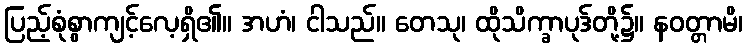
ပြည့်စုံစွာကျင့်လေ့ရှိ၏။ အဟံ၊ ငါသည်။ တေသု၊ ထိုသိက္ခာပုဒ်တို့၌။ နဝတ္တာမိ၊